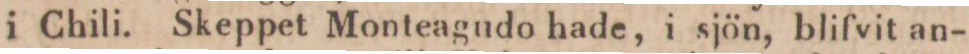
i Chili. Skeppet Monteagudo hade, i sjön, blifvit an-